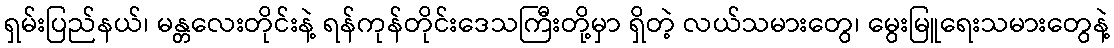
ရှမ်းပြည်နယ်၊ မန္တလေးတိုင်းနဲ့ ရန်ကုန်တိုင်းဒေသကြီးတို့မှာ ရှိတဲ့ လယ်သမားတွေ၊ မွေးမြူရေးသမားတွေနဲ့